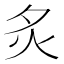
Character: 𬉹